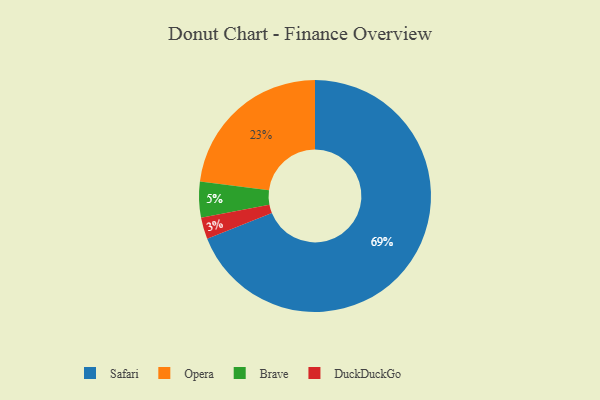
{"axis": {"x": "Category", "y": "Percentage"}, "legend": ["Brave", "DuckDuckGo", "Opera", "Safari"], "data": [{"x": "Opera", "y": 23, "type": "Opera"}, {"x": "Safari", "y": 69, "type": "Safari"}, {"x": "Brave", "y": 5, "type": "Brave"}, {"x": "DuckDuckGo", "y": 3, "type": "DuckDuckGo"}]}